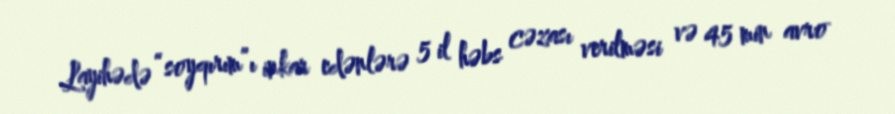
Layihədə “soyqırım”ı inkar edənlərə 5 il həbs cəzası verilməsi və 45 min avro